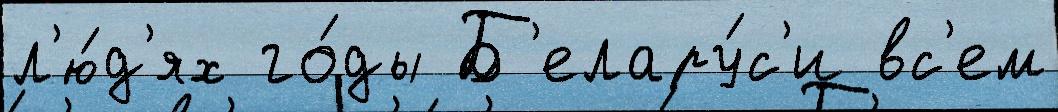
л'ю́д'ях го́ды Б'елару́с'и вс'ем